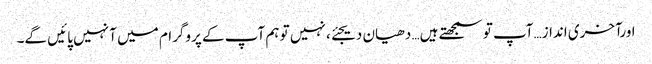
اورآخری انداز…آپ تو سمجھتے ہیں… دھیان دیجئے، نہیں تو ہم آپ کے پروگرام میں آ نہیں پائیں گے۔